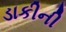
ડાકીની